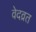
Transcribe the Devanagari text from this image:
वेदव्रत